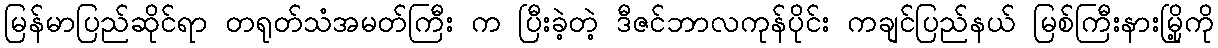
မြန်မာပြည်ဆိုင်ရာ တရုတ်သံအမတ်ကြီး က ပြီးခဲ့တဲ့ ဒီဇင်ဘာလကုန်ပိုင်း ကချင်ပြည်နယ် မြစ်ကြီးနားမြို့ကို